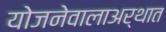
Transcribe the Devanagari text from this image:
योजनेवालाअर्थात